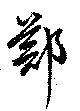
鄭